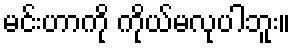
မင်းဟာကို ကိုယ်မလုပါဘူး။